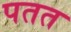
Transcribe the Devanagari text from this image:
पतत